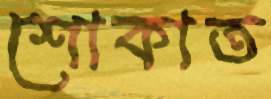
শোকাত